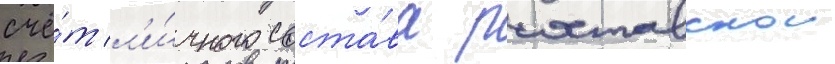
счё́т л'и́чного соста́ва руставскои